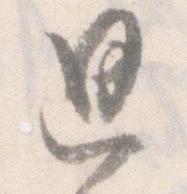
思